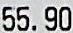
55.90